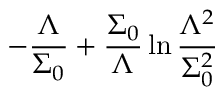
- \frac { \Lambda } { \Sigma _ { 0 } } + \frac { \Sigma _ { 0 } } { \Lambda } \ln \frac { \Lambda ^ { 2 } } { \Sigma _ { 0 } ^ { 2 } }